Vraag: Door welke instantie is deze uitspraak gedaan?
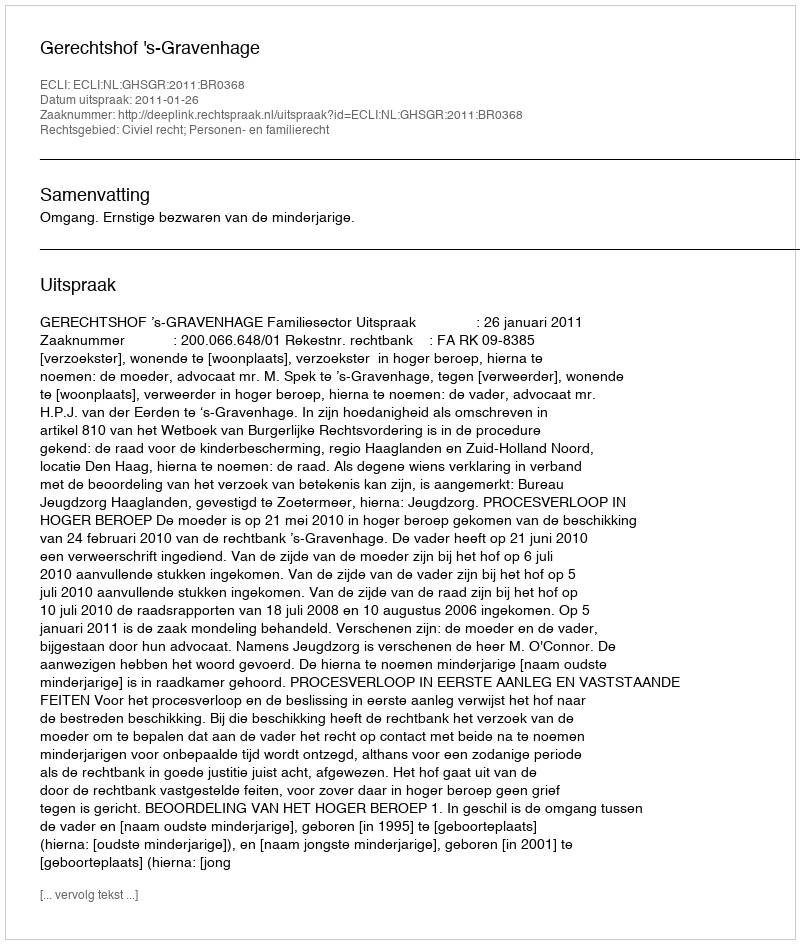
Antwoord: Gerechtshof 's-Gravenhage